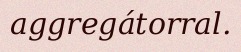
aggregátorral.